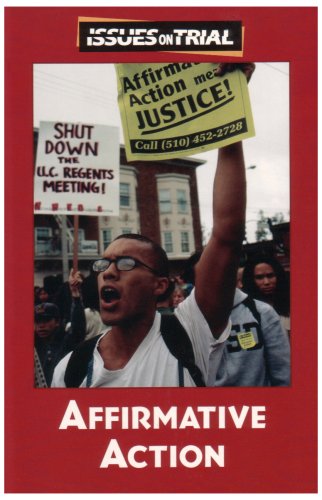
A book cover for Affirmative Action (Issues on Trial); Justin Karr; Teen & Young Adult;